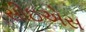
સીઇએસ